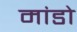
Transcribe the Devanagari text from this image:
मांडो